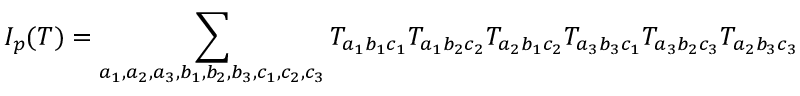
I _ { p } ( T ) = \sum _ { a _ { 1 } , a _ { 2 } , a _ { 3 } , b _ { 1 } , b _ { 2 } , b _ { 3 } , c _ { 1 } , c _ { 2 } , c _ { 3 } } T _ { a _ { 1 } b _ { 1 } c _ { 1 } } T _ { a _ { 1 } b _ { 2 } c _ { 2 } } T _ { a _ { 2 } b _ { 1 } c _ { 2 } } T _ { a _ { 3 } b _ { 3 } c _ { 1 } } T _ { a _ { 3 } b _ { 2 } c _ { 3 } } T _ { a _ { 2 } b _ { 3 } c _ { 3 } }